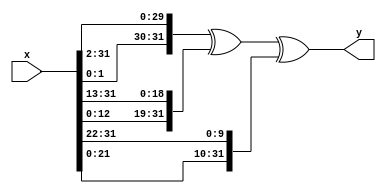
module e0 (x, y);

	input [31:0] x;
	output [31:0] y;

	assign y = {x[1:0],x[31:2]} ^ {x[12:0],x[31:13]} ^ {x[21:0],x[31:22]};

endmodule


module e1 (x, y);

	input [31:0] x;
	output [31:0] y;

	assign y = {x[5:0],x[31:6]} ^ {x[10:0],x[31:11]} ^ {x[24:0],x[31:25]};

endmodule


module ch (x, y, z, o);

	input [31:0] x, y, z;
	output [31:0] o;

	assign o = z ^ (x & (y ^ z));

endmodule


module maj (x, y, z, o);

	input [31:0] x, y, z;
	output [31:0] o;

	assign o = (x & y) | (z & (x | y));

endmodule


module s0 (x, y);

	input [31:0] x;
	output [31:0] y;

	assign y[31:29] = x[6:4] ^ x[17:15];
	assign y[28:0] = {x[3:0], x[31:7]} ^ {x[14:0],x[31:18]} ^ x[31:3];

endmodule

module s1 (x, y);

	input [31:0] x;
	output [31:0] y;

	assign y[31:22] = x[16:7] ^ x[18:9];
	assign y[21:0] = {x[6:0],x[31:17]} ^ {x[8:0],x[31:19]} ^ x[31:10];

endmodule